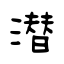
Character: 潜